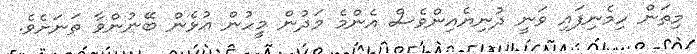
މިތަން ހިމެނިފައި ވަނީ ދުނިޔެއިންވެސް އެންމެ މަދުން މީހުން އުޅެން ބޭނުންވާ ތަނަށެވެ.